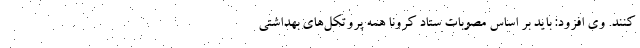
کنند. وی افزود: باید بر اساس مصوبات ستاد کرونا همه پروتکل‌های بهداشتی